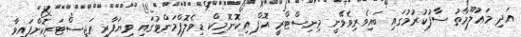
އަދި މަޢުލޫމާތު ސާފުކުރުމުގައި ބައިވެރިވެވޭނީ މިނިސްޓްރީ އޮފް އިކޮނޮމިކް ޑިވެލޮޕްމަންޓުގައި ވިޔަފާރި ރަޖިސްޓަރީކޮށްފައިވާ